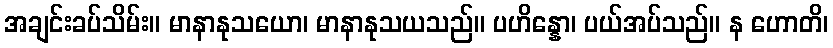
အချင်းခပ်သိမ်း။ မာနာနုသယော၊ မာနာနုသယသည်။ ပဟိန္နော၊ ပယ်အပ်သည်။ န ဟောတိ၊